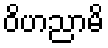
ဝိဟညာမိ